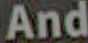
And